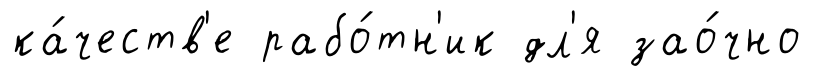
ка́честв'е рабо́тн'ик дл'я зао́чно